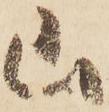
山